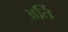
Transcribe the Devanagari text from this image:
अर्ति